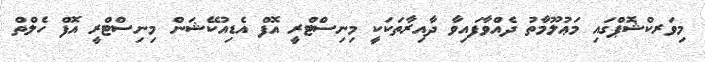
މިވަރކްޝޮޕްގައި މަޢުލޫމާތު ދެއްވާފައިވާ ދާއިރާތަކަކީ މިނިސްޓްރީ އޮފް އެޑިއުކޭޝަން މިނިސްޓްރީ އޮފް ހެލްތް